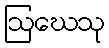
ဩဃေသု